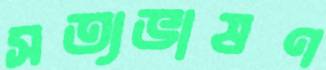
সত্যভাষণ